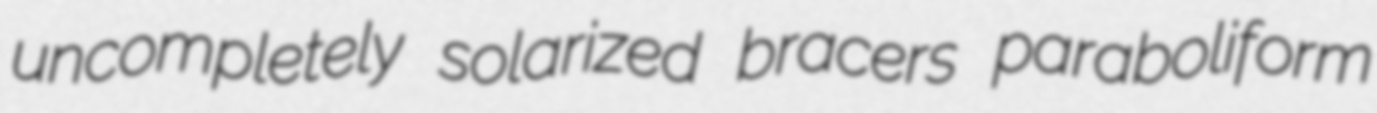
uncompletely solarized bracers paraboliform